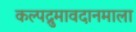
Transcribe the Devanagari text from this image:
कल्पद्रुमावदानमाला